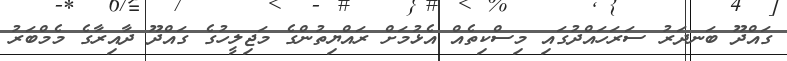
ގައްދޫ ބަނދަރު ސަރަހައްދުގައި މިސްކިތެއް އެޅުމަށް ރައްޔިތުންގެ މަޖިލީހުގެ ގައްދޫ ދާއިރާގެ މެމްބަރު